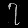
Digit: ၇